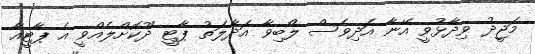
މަޖީދު ވިދާޅުވީ އޭނާ އަދިވެސް ލޯބިވާ އަދާލަތު ޕާޓީ ދޫކޮށްލެއްވީ އެ ޕާޓީއާ